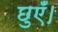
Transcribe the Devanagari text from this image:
छुएँ।